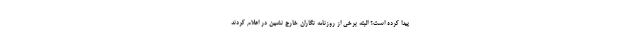
پیدا کرده است؟ البته برخی از روزنامه نگاران خارج نشین در اعلام کردند